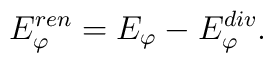
E_{\varphi}^{ren}=E_{\varphi}-E_{\varphi}^{div}.